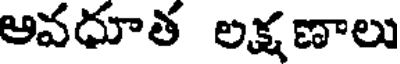
అవధూత లక్షణాలు